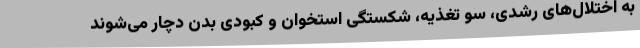
به اختلال‌های رشدی، سو تغذیه، شکستگی استخوان و کبودی بدن دچار می‌شوند